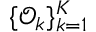
\{ \mathcal { O } _ { k } \} _ { k = 1 } ^ { K }